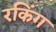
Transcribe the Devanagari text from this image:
रकिंग